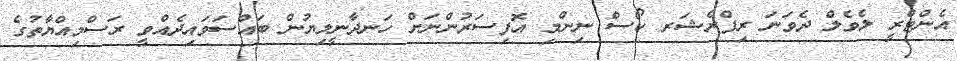
އެންޓްރީ ލެވެލް ދެވަނަ ރިފްރެޝަރ ކޯސް ނިންމި އޮފިސަރުންނަށް ހަނދާނީލިޔުން ބައްސަވައިދެއްވީ ރަސްމިއްޔާތުގެ